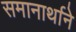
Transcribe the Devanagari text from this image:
समानार्थाने